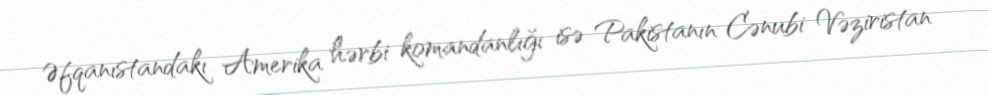
Əfqanıstandakı Amerika hərbi komandanlığı isə Pakistanın Cənubi Vəziristan